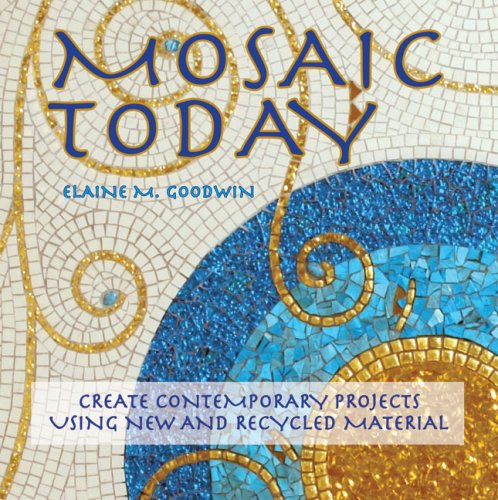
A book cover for Mosaic Today: Create Contemporary Projects Using New and Recycled Material; Elaine M. Goodwin; Crafts, Hobbies & Home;